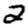
Digit: 2